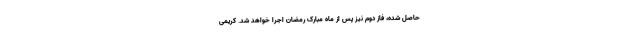
حاصل شده، فاز دوم نیز پس از ماه مبارک رمضان اجرا خواهد شد. کریمی